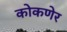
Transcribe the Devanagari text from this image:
कोकणेर